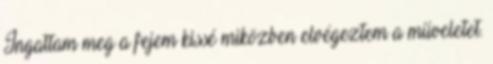
Ingattam meg a fejem kissé miközben elvégeztem a műveletet.